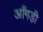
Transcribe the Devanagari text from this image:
आँगड़ी